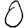
Digit: 0